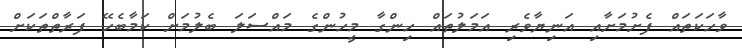
ވާހަކަތައް ފެށުމަށާއި އަނިޔާވެރި އަމަލުތައް ހިންގާ މީހުންގެ މައްސަލަ ބެލުމަށް ކަމާބެހޭ ފަރާތްތަކަށް